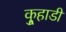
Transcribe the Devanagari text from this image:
कुर्‍हाडी